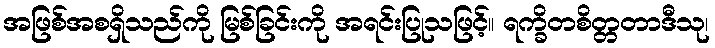
အဖြစ်အစရှိသည်ကို မြစ်ခြင်းကို အရင်းပြုသဖြင့်။ ရက္ခိတစိတ္တတာဒီသု၊